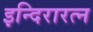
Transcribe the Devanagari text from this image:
इन्दिरारत्न